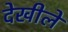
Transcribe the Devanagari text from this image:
देखीले